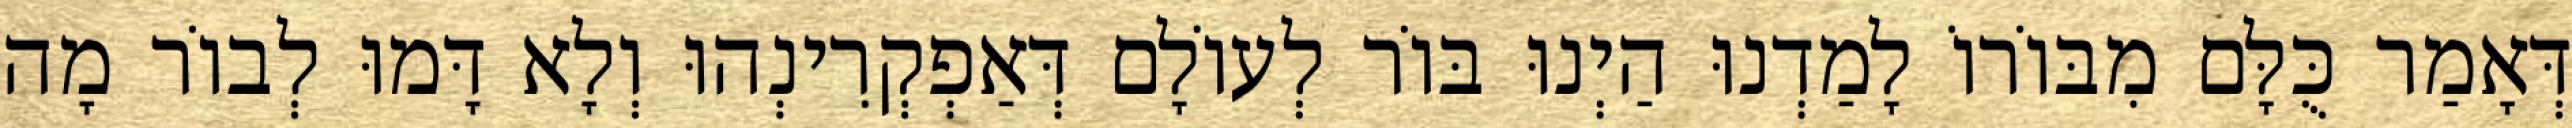
דְּאָמַר כֻּלָּם מִבּוֹרוֹ לָמַדְנוּ הַיְנוּ בּוֹר לְעוֹלָם דְּאַפְקְרִינְהוּ וְלָא דָּמוּ לְבוֹר מָה